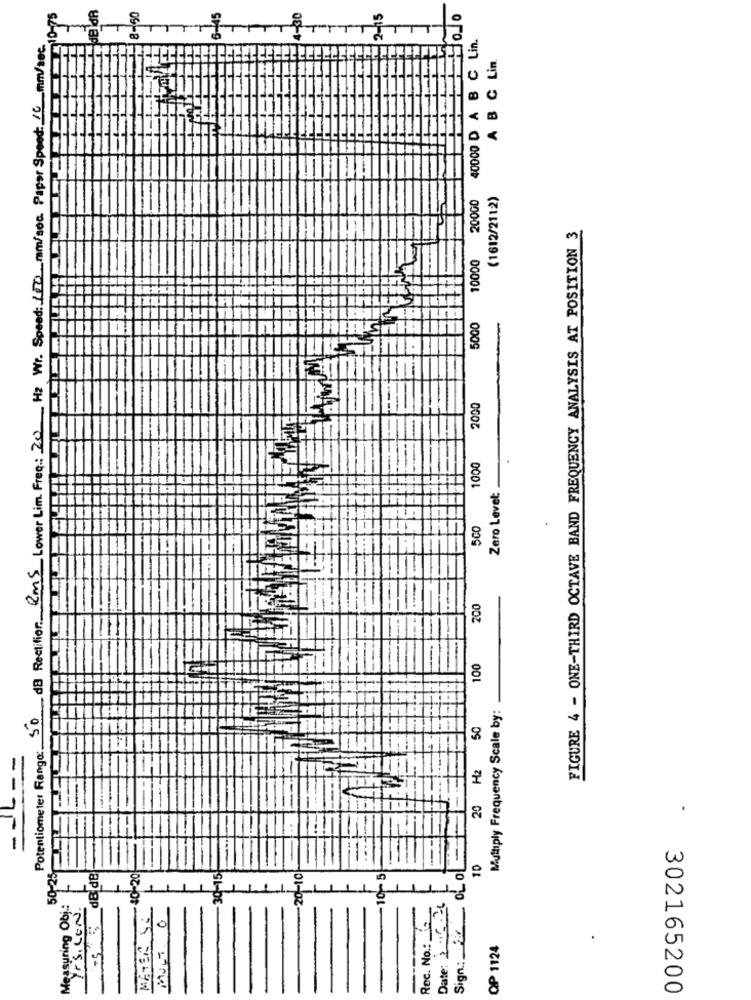
-75
8-50
40000 D A B C Lin.
da Rectifier: Kms Lower Lim. Freq: 20 Hz Wr. Speed: 1000 mm/sec. Paper Speed: 10_mm/sec.
A B C Lin.
200G0
(1612/2112)
FIGURE 4 - ONE-THIRD OCTAVE BAND FREQUENCY ANALYSIS AT POSITION 3
10000
5000
2000
1000
Zero Levet:
5CO
.
--
200
100
Muttiply Frequency Scale by:
Potentiometer Fango: 50
20 H2 50
.----
.
d& d8
-30-15
50-25
Measuring Obj: +
-10-20
-20-10
-10- 5
YPSILON
Date: 2.6.26
Sign:
MATER Si
MULT 0
Rec. No .:
10
QP 1124
302165200